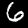
Digit: 6